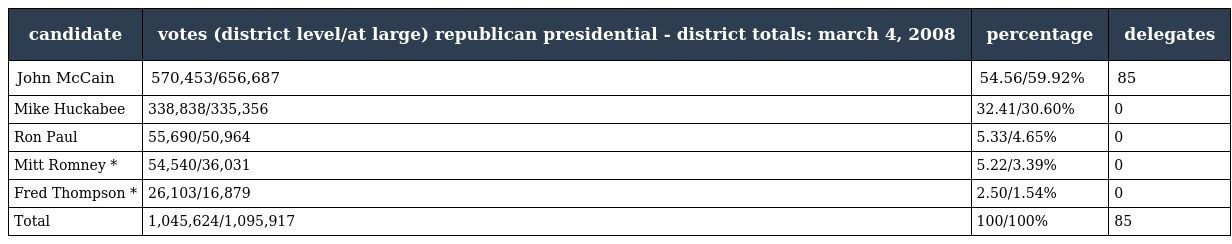
| candidate | votes (district level/at large) republican presidential - district totals: march 4, 2008 | percentage | delegates |
 | --- | --- | --- | --- |
 | John McCain | 570,453/656,687 | 54.56/59.92% | 85 |
 | Mike Huckabee | 338,838/335,356 | 32.41/30.60% | 0 |
 | Ron Paul | 55,690/50,964 | 5.33/4.65% | 0 |
 | Mitt Romney * | 54,540/36,031 | 5.22/3.39% | 0 |
 | Fred Thompson * | 26,103/16,879 | 2.50/1.54% | 0 |
 | Total | 1,045,624/1,095,917 | 100/100% | 85 |